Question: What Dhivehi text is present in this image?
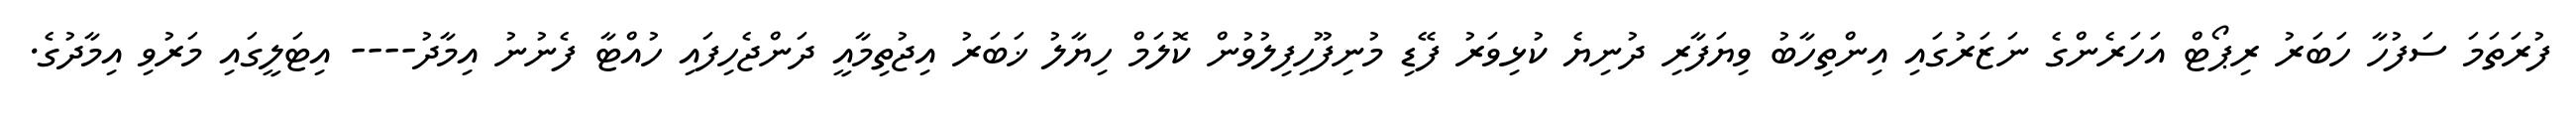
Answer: ފުރަތަމަ ސަފުހާ ހަބަރު ރިޕޯޓް އަހަރެންގެ ނަޒަރުގައި އިންތިހާބު ވިޔަފާރި ދުނިޔެ ކުޅިވަރު ފޭޑި މުނިފޫހިފިލުވުން ކޮލަމް ހިޔާލު ޚަބަރު އިޖުތިމާއީ ދަންޖެހިފައި ހުއްޓާ ފެނުނު އިމާދު---- އިޓަލީގައި މަރުވި އިމާދުގެ.